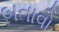
બતાવો